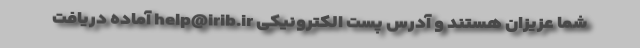
شما عزیزان هستند و آدرس پست الکترونیکی help@irib.ir آماده دریافت